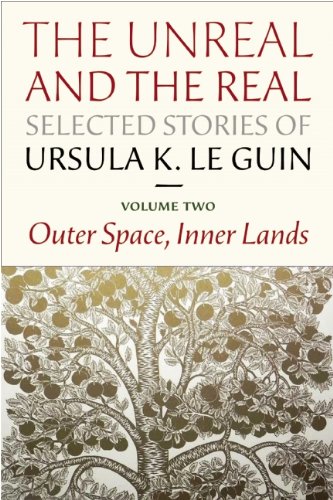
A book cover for The Unreal and the Real: Selected Stories Volume Two: Outer Space, Inner Lands; Ursula K. Le Guin; Science Fiction & Fantasy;